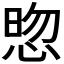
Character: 𭝓